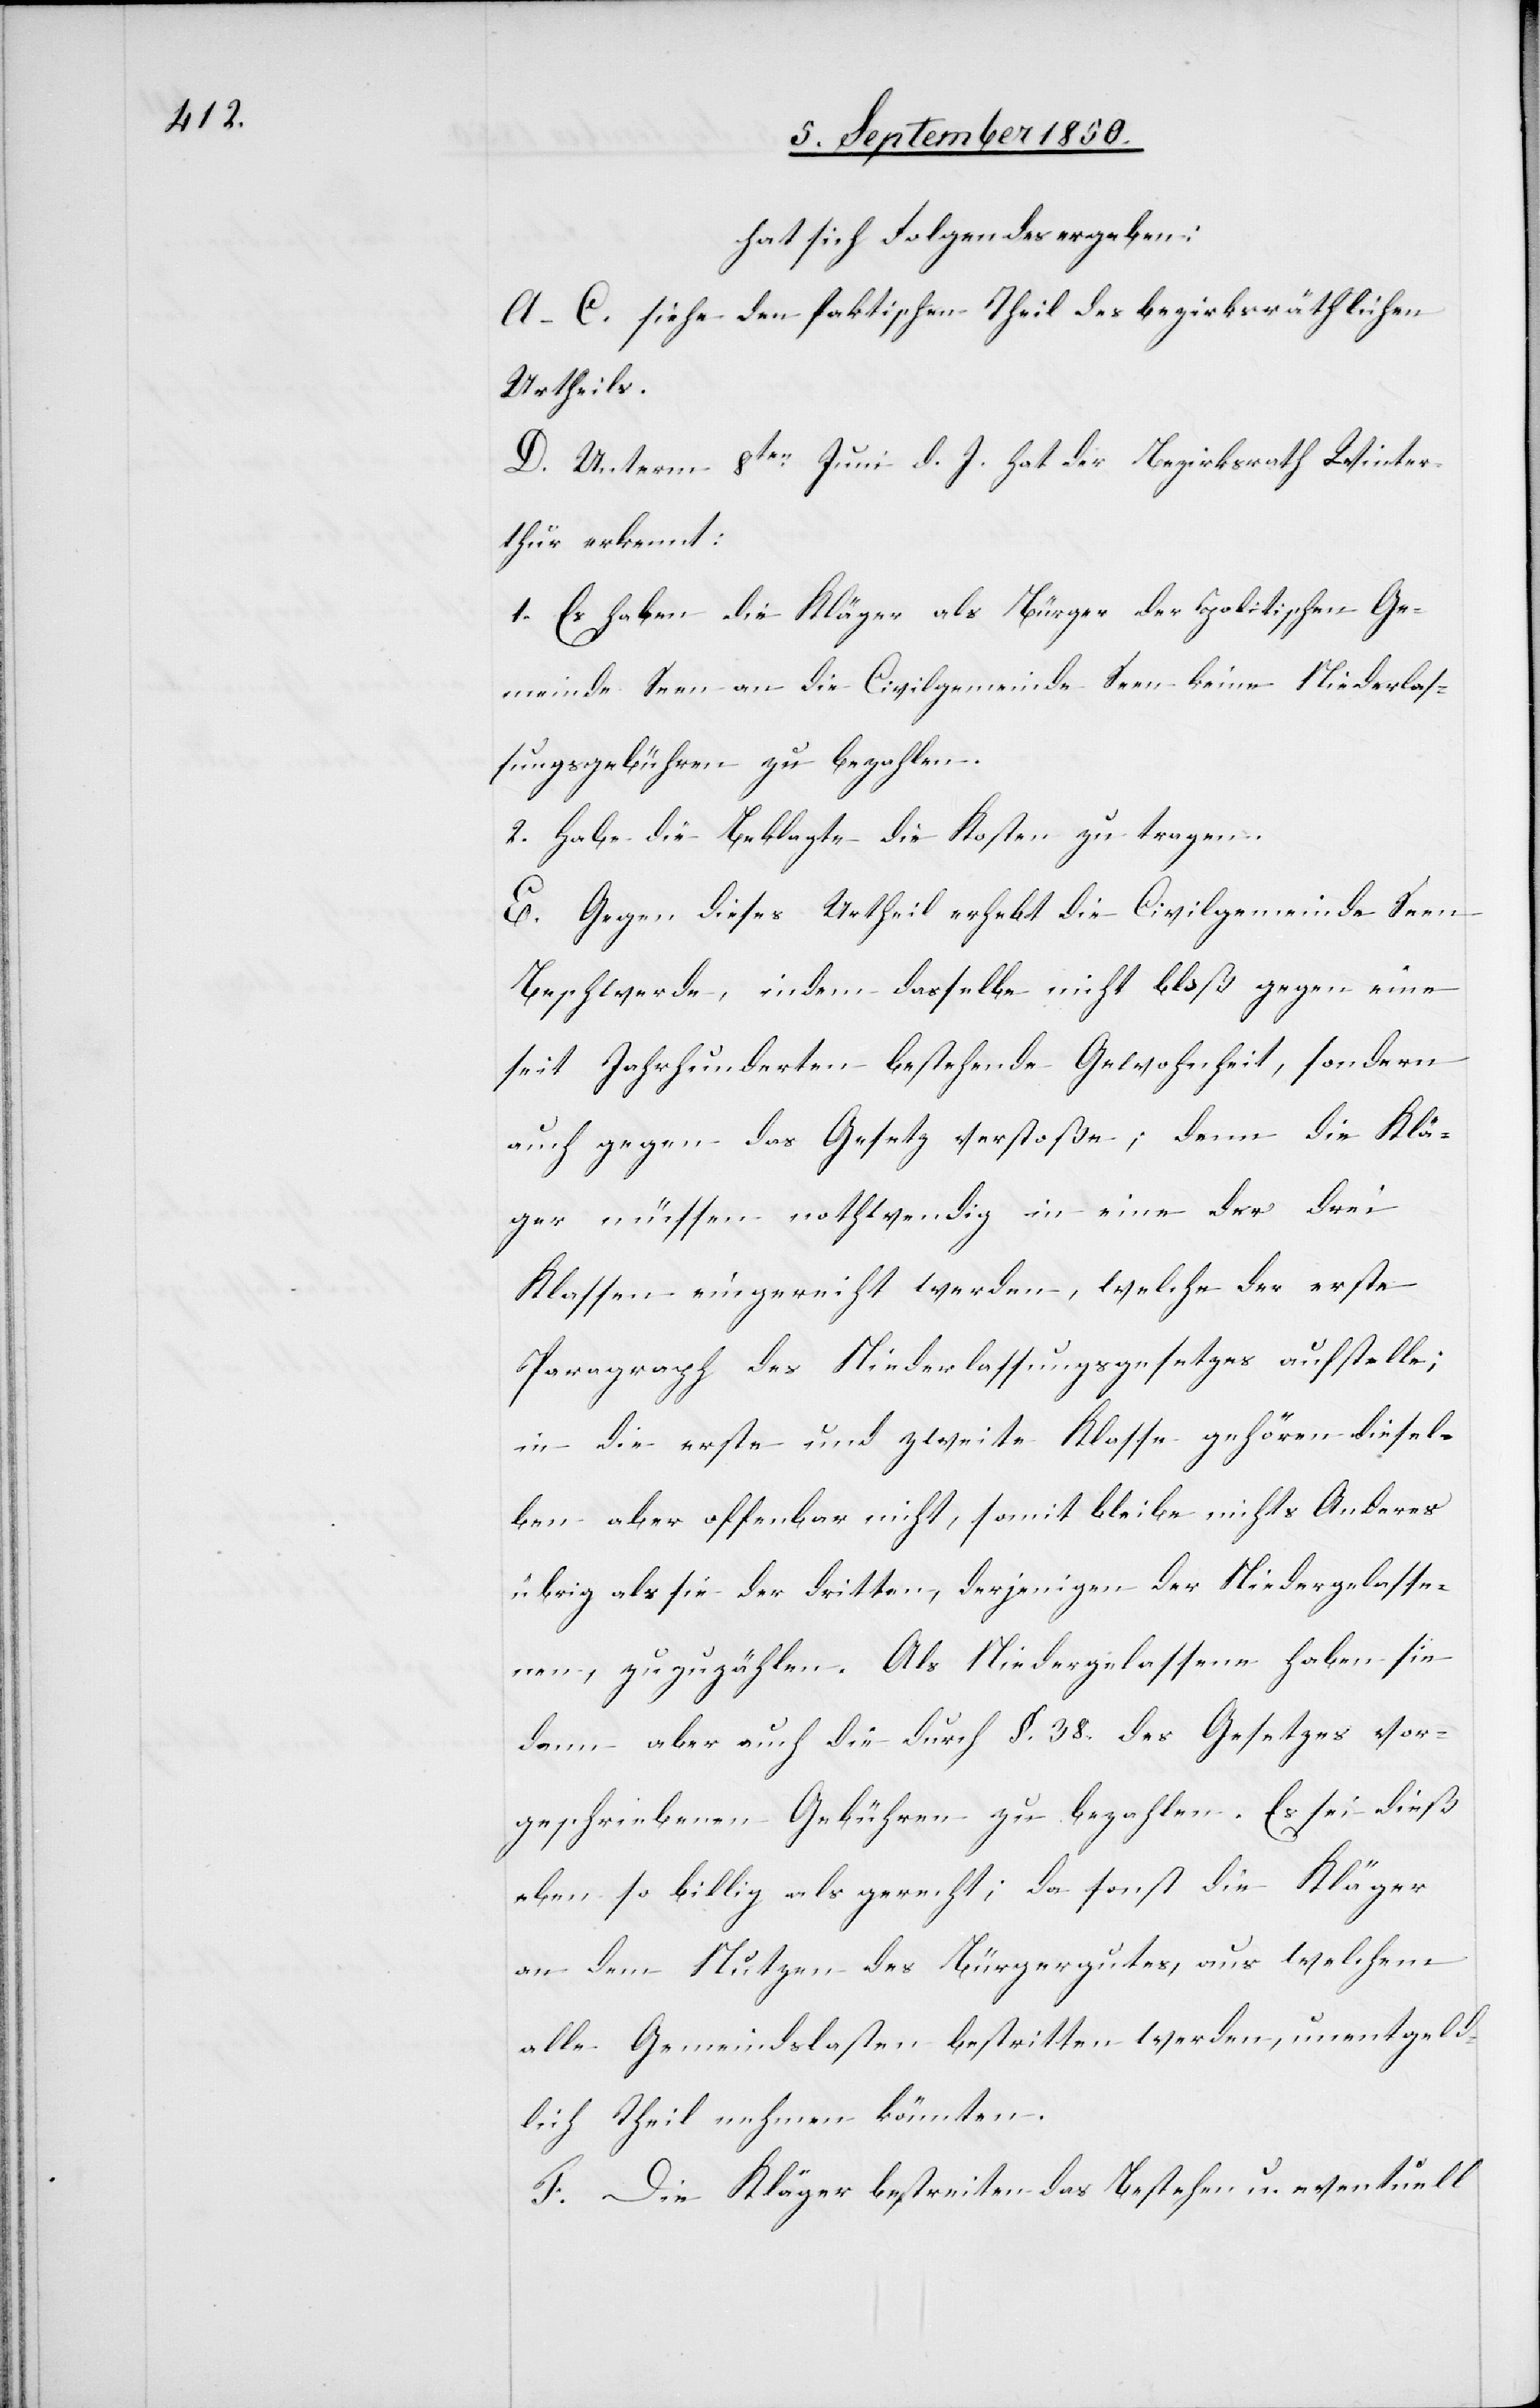
hat sich Folgendes ergeben:
A–C. siehe den faktischen Theil des bezirksräthlichen
Urtheils.
D. Unterm 8ten Juni d. J. hat der Bezirksrath Winter¬
thur erkennt:
1. Es haben die Kläger als Bürger der politischen Ge¬
meinde Seen an die Civilgemeinde Seen keine Niederlas¬
sungsgebühren zu bezahlen.
2. Habe die Beklagte die Kosten zu tragen.
E. Gegen dieses Urtheil erhebt die Civilgemeinde Seen
Beschwerde, indem dasselbe nicht bloß gegen eine
seit Jahrhunderten bestehende Gewohnheit, sondern
auch gegen das Gesetz verstoße; denn die Klä¬
ger müssen nothwendig in eine der drei
Klassen eingereiht werden, welche der erste
Paragraph des Niederlassungsgesetzes aufstelle;
in die erste und zweite Klasse gehören diesel¬
ben aber offenbar nicht, somit bleibe nichts Anderes
übrig als sie der dritten, derjenigen der Niedergelasse¬
nen, zuzuzählen. Als Niedergelassene haben sie
dann aber auch die durch §. 38. des Gesetzes vor¬
geschriebenen Gebühren zu bezahlen. Es sei dieß
eben so billig als gerecht; da sonst die Kläger
an dem Nutzen des Bürgergutes, aus welchem
alle Gemeindslasten bestritten werden, unentgeld¬
lich Theil nehmen könnten.
F. Die Kläger bestreiten das Bestehen u. eventuell